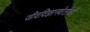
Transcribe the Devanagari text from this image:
जीवविज्ञानवेताओं